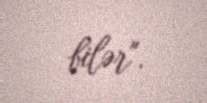
bilər".